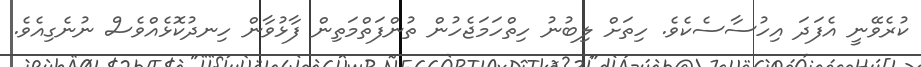
ކުރެވޭނީ އެފަދަ އިހުސާސެކެވެ. ހިތަށް ލިބުނު ހިތްހަމަޖެހުން ތުންފަތްމަތިން ފާޅުވާން ހިނދުކޮޅެއްވެސް ނުނެގިއެވެ.